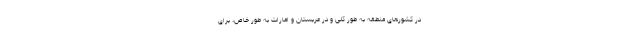
در کشورهای منطقه به طور کلی و در عربستان و امارات به طور خاص، برای